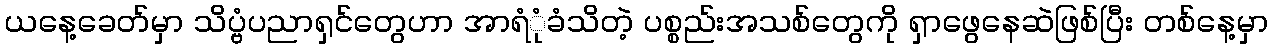
ယနေ့ခေတ်မှာ သိပ္ဗံပညာရှင်တွေဟာ အာရံုံခံသိတဲ့ ပစ္စည်းအသစ်တွေကို ရှာဖွေနေဆဲဖြစ်ပြီး တစ်နေ့မှာ